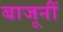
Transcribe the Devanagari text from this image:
बाजूनीं